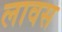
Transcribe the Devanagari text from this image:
लावस